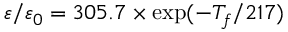
\varepsilon / \varepsilon _ { 0 } = 3 0 5 . 7 \times \exp ( - T _ { f } / 2 1 7 )